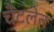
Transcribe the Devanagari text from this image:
चैटलेन